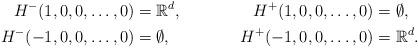
LaTeX: \begin{align*}H^-(1,0,0, \dots, 0) &= \mathbb{R}^d, & H^+(1,0,0, \dots, 0) &= \emptyset,\\H^-(-1,0,0, \dots, 0)&=\emptyset, & H^+(-1,0,0, \dots, 0) &=\mathbb{R}^d.\end{align*}